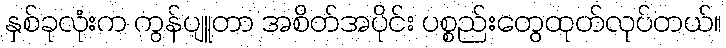
နှစ်ခုလုံးက ကွန်ပျူတာ အစိတ်အပိုင်း ပစ္စည်းတွေထုတ်လုပ်တယ်။